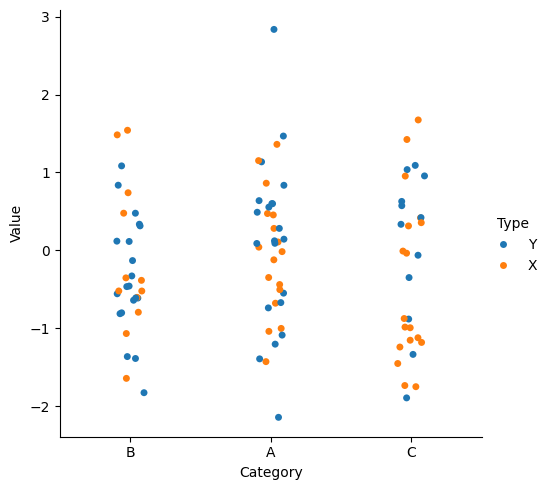
python, seaborn, catplot, kind='strip', height=5, aspect=1